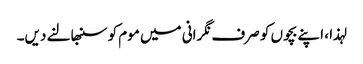
لہذا ، اپنے بچوں کو صرف نگرانی میں موم کو سنبھالنے دیں۔